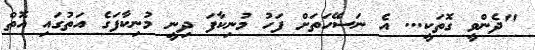
"ދެންވީ ގޮތަކީ... އެ ނަސޭހަތަށް ފަހު މުނިކާފަ ދިނީ މުނިކާފަގެ އަތުގައި އޮތް